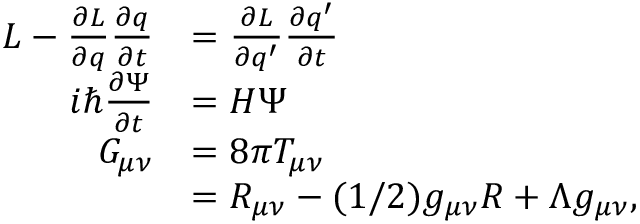
\begin{array} { r l } { L - \frac { \partial L } { \partial q } \frac { \partial q } { \partial t } } & { = \frac { \partial L } { \partial q ^ { \prime } } \frac { \partial q ^ { \prime } } { \partial t } } \\ { i \hbar \frac { \partial \Psi } { \partial t } } & { = H \Psi } \\ { G _ { \mu \nu } } & { = 8 \pi T _ { \mu \nu } } \\ & { = R _ { \mu \nu } - ( 1 / 2 ) g _ { \mu \nu } R + \Lambda g _ { \mu \nu } , } \end{array}